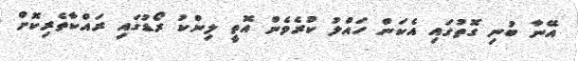
އޭނާ ބުނި ގޮތުގައި އެކަން ހައްލު ކުރެވެން އޮތީ ލިންކު ރޯޑުގައި ރައްކާތެރިކޮށް